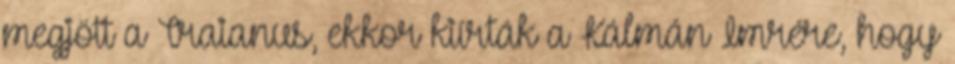
megjött a Traianus, ekkor kiírták a Kálmán Imrére, hogy